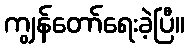
ကျွန်တော်ရေးခဲ့ပြီ။